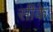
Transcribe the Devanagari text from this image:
सींके